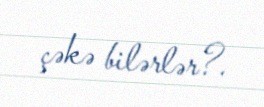
çəkə bilərlər?.